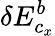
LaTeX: \delta E_{c_{x}}^{b}